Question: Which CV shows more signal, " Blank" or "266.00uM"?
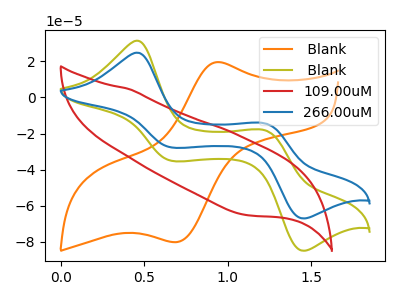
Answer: <think>The orange curve " Blank" has an anodic peak at (0.95V, 19.55uA) and a cathodic peak at (0.70V, -80.10uA). The olive curve " Blank" has anodic peaks at (0.45V, 31.45uA) (1.20V, -18.15uA) and cathodic peaks at (0.65V, -35.15uA) (1.45V, -84.90uA). The red curve "109.00uM" has no peaks. The blue curve "266.00uM" has anodic peaks at (0.45V, 24.80uA) (1.20V, -14.35uA) and cathodic peaks at (0.65V, -27.75uA) (1.45V, -67.00uA).
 All the peaks in " Blank" have a peak in "266.00uM" at the same potential.</think>
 <answer>I cant tell if " Blank" or "266.00uM" has more signal.</answer>
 <eval>mixed_signal</eval>